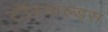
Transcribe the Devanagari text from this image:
टॉरवाल्ड्स